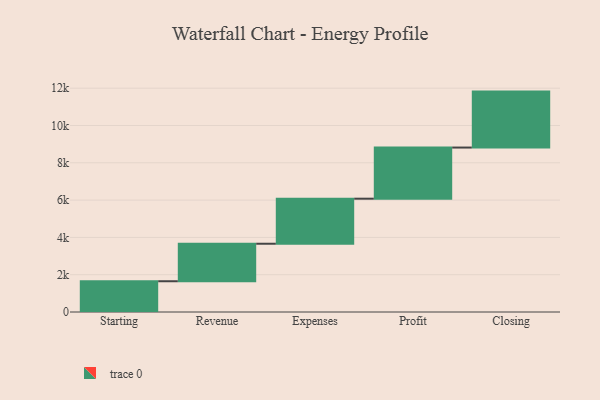
{"axis": {"x": "Step", "y": "Value"}, "legend": [""], "data": [{"x": "Starting", "y": 1649.0, "type": ""}, {"x": "Revenue", "y": 2011.0, "type": ""}, {"x": "Expenses", "y": 2415.0, "type": ""}, {"x": "Profit", "y": 2742.0, "type": ""}, {"x": "Closing", "y": 3000, "type": ""}]}